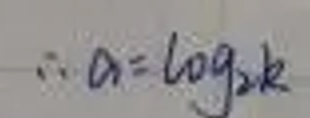
\[\therefore a = \log_{2}k\]